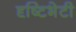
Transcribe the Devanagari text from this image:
दृष्टिभेटी